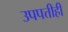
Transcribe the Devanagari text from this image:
उपपत्तीही